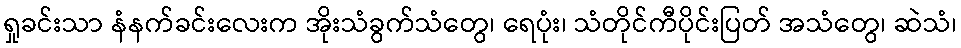
ရှုခင်းသာ နံနက်ခင်းလေးက အိုးသံခွက်သံတွေ၊ ရေပုံး၊ သံတိုင်ကီပိုင်းပြတ် အသံတွေ၊ ဆဲသံ၊